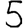
Digit: 5